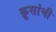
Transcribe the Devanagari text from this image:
क्रूसांची